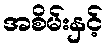
အစိမ်းနှင့်